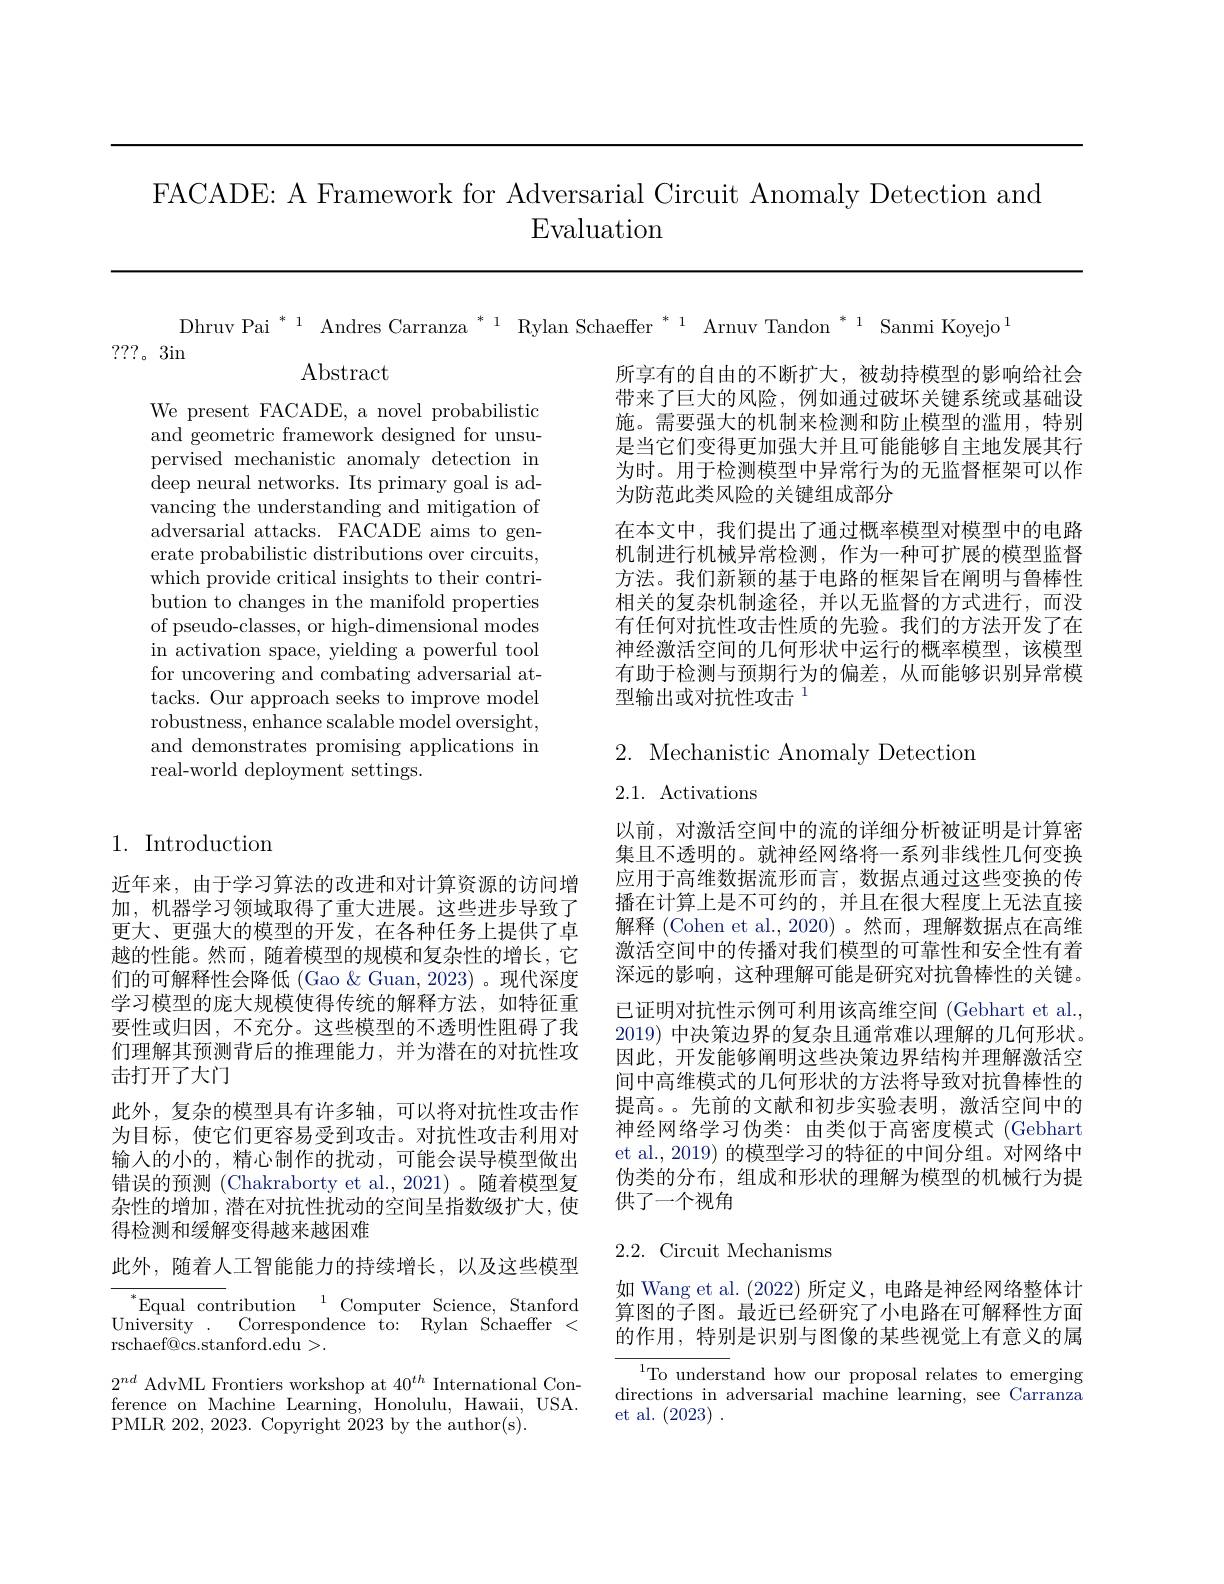
FACADE: A Framework for Adversarial Circuit Anomaly Detection and
## Evaluation

Dhruv Pai $^{*\:1}\text{ Andres Carranza }^{*\:1}\text{ Rylan Schaeffer }^{*\:1}$ Arnuv Tandon $^{*\:1}$ Sanmi Koyejo$^{\:1}$

???。3in

Abstract

所享有的自由的不断扩大，被劫持模型的影响给社会带来了巨大的风险，例如通过破坏关键系统或基础设施。需要强大的机制来检测和防止模型的滥用，特别是当它们变得更加强大并且可能能够自主地发展其行为时。用于检测模型中异常行为的无监督框架可以作为防范此类风险的关键组成部分
在本文中，我们提出了通过概率模型对模型中的电路机制进行机械异常检测，作为一种可扩展的模型监督方法。我们新颖的基于电路的框架旨在阐明与鲁棒性相关的复杂机制途径，并以无监督的方式进行，而没有任何对抗性攻击性质的先验。我们的方法开发了在神经激活空间的几何形状中运行的概率模型，该模型有助于检测与预期行为的偏差，从而能够识别异常模型输出或对抗性攻击$^{1}$

We present FACADE, a novel probabilistic and geometric framework designed for unsupervised mechanistic anomaly detection in deep neural networks. Its primary goal is advancing the understanding and mitigation of adversarial attacks. FACADE aims to generate probabilistic distributions over circuits, which provide critical insights to their contribution to changes in the manifold properties of pseudo-classes, or high-dimensional modes in activation space, yielding a powerful tool for uncovering and combating adversarial attacks. Our approach seeks to improve model robustness, enhance scalable model oversight, and demonstrates promising applications in real-world deployment settings.

## $2.{\mathrm{~Mechanistic~Anomaly~Detection}}$

2.1. Activations

1. Introduction

以前，对激活空间中的流的详细分析被证明是计算密集且不透明的。就神经网络将一系列非线性几何变换应用于高维数据流形而言，数据点通过这些变换的传播在计算上是不可约的，并且在很大程度上无法直接解释 (Cohen et al., 2020) 。然而，理解数据点在高维激活空间中的传播对我们模型的可靠性和安全性有着深远的影响，这种理解可能是研究对抗鲁棒性的关键。已证明对抗性示例可利用该高维空间 (Gebhart et al. 2019)中决策边界的复杂且通常难以理解的几何形状。因此，开发能够阐明这些决策边界结构并理解激活空间中高维模式的几何形状的方法将导致对抗鲁棒性的提高。。先前的文献和初步实验表明，激活空间中的神经网络学习伪类：由类似于高密度模式 (Gebhart et al., 2019) 的模型学习的特征的中间分组。对网络中伪类的分布，组成和形状的理解为模型的机械行为提供了一个视角

近年来，由于学习算法的改进和对计算资源的访问增加，机器学习领域取得了重大进展。这些进步导致了更大、更强大的模型的开发，在各种任务上提供了卓越的性能。然而，随着模型的规模和复杂性的增长，它们的可解释性会降低 (Gao & Guan, 2023) 。现代深度学习模型的庞大规模使得传统的解释方法，如特征重要性或归因，不充分。这些模型的不透明性阻碍了我们理解其预测背后的推理能力，并为潜在的对抗性攻击打开了大门
此外，复杂的模型具有许多轴，可以将对抗性攻击作为目标，使它们更容易受到攻击。对抗性攻击利用对输入的小的，精心制作的扰动，可能会误导模型做出错误的预测 (Chakraborty et al.,2021)。随着模型复杂性的增加，潜在对抗性扰动的空间呈指数级扩大，使得检测和缓解变得越来越困难

## 2.2. Circuit Mechanisms

此外，随着人工智能能力的持续增长，以及这些模型

如 Wang et al. (2022)所定义，电路是神经网络整体计算图的子图。最近已经研究了小电路在可解释性方面的作用，特别是识别与图像的某些视觉上有意义的属

$^*$Equal contribution$^1$Computer Science, Stanford ${\mathrm{University}}$ ${\mathrm{Correspondence~\hat{t} o: }}$ ${\mathrm{Rylan}}$ ${\mathrm{Schaeffer}}<$ rschaef@cs.stanford.edu>.
$2^{nd}$ AdvML Frontiers workshop at $40^th$ International Conference on Machine Learning, Honolulu, Hawaii, USA. PMLR 202, 2023. Copyright 2023 by the author(s)

$^{1}$To understand how our proposal relates to emerging directions in adversarial machine learning, see Carranza et al. (2023).